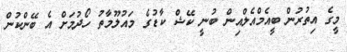
މީގެ އިތުރުން ބީއެމްއެލްއިން ބުނީ ކޭޝް ކާޑުގެ މައުލޫމާތު ހޯދުމަށް އެ ބޭންކުން